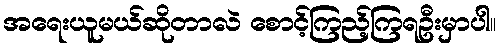
အရေးယူမယ်ဆိုတာလဲ စောင့်ကြည့်ကြရဦးမှာပါ။